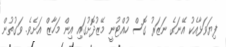
ފިޔަވަޅާއެކު އޭނަގެ ނަޒަރު ގޮސް ހުއްޓުނީ މޭޒުދޮށުގައި އިން މަހާޒް އަށެވެ. ވަގުތުން